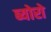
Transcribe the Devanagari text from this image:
ब्योरो